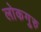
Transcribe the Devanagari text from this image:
लोकगुरु